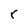
Character: r